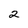
Character: 2